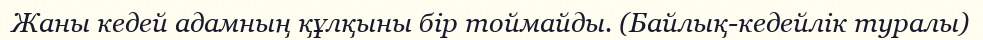
Жаны кедей адамның құлқыны бір тоймайды. (Байлық-кедейлік туралы)